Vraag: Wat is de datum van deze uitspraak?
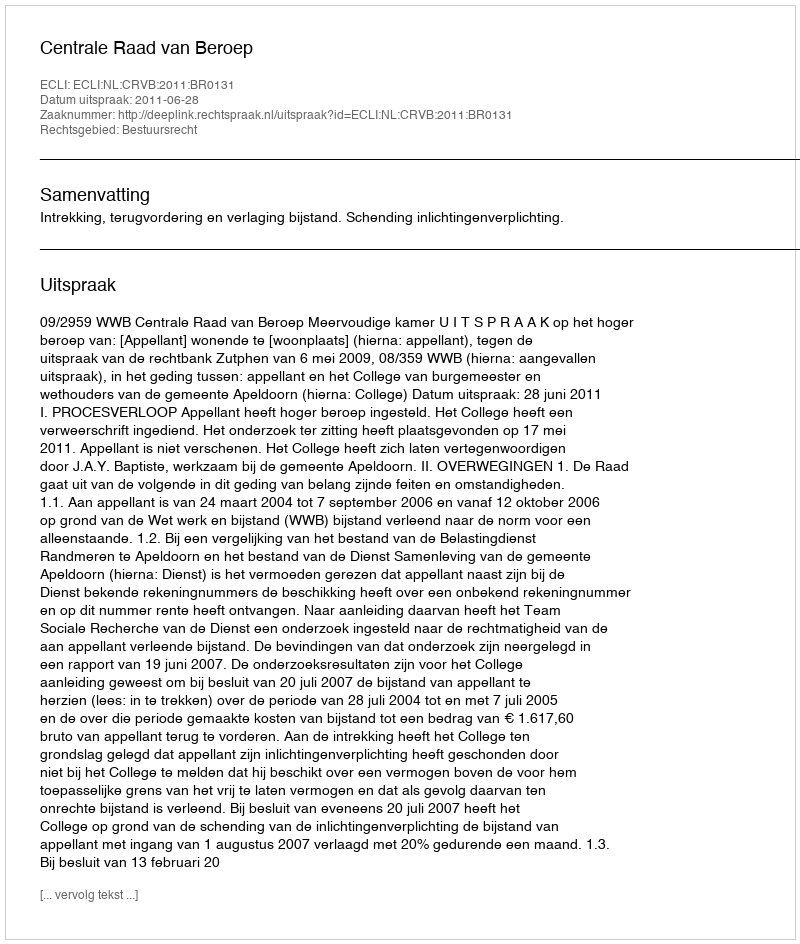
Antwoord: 2011-06-28